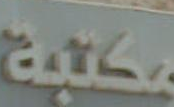
مكتبة